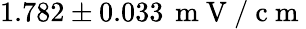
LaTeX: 1.782\pm 0.033\, \mathrm{~m~V~/~c~m~}